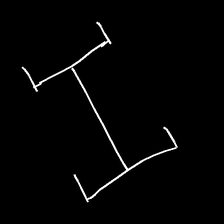
Glyph: entwine